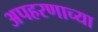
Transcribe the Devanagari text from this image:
अपहरणाच्या